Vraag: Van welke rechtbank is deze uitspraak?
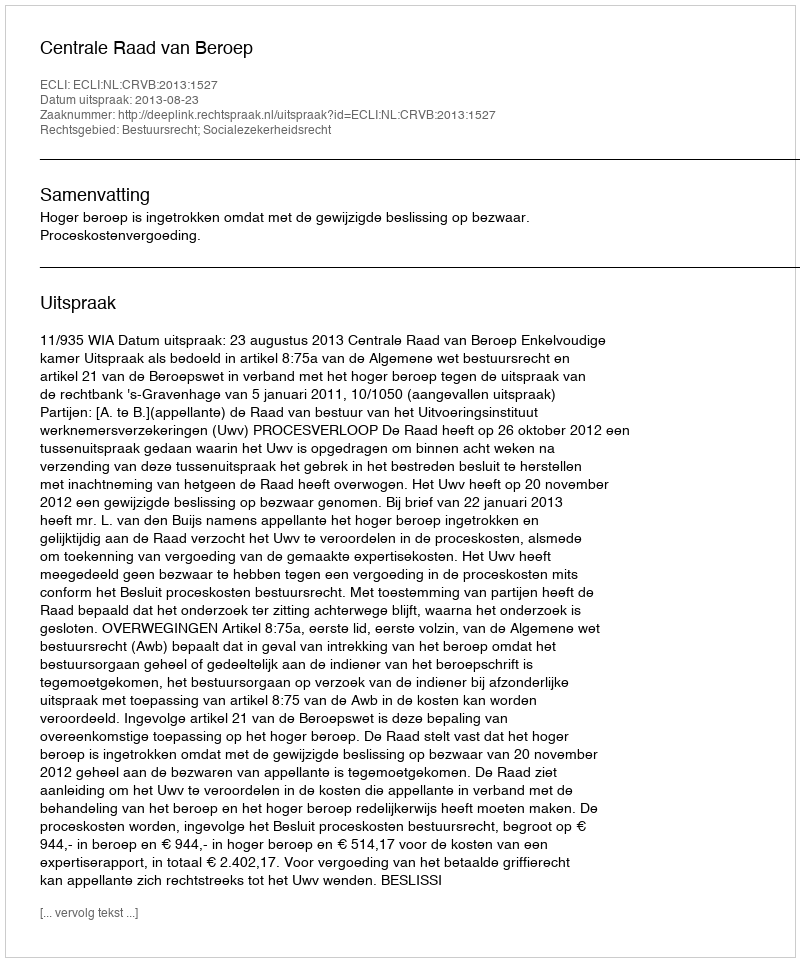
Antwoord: Centrale Raad van Beroep